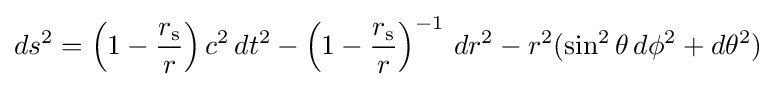
ds^{2}=\left(1-{\frac {r_{\text{s}}}{r}}\right)c^{2}\,dt^{2}-\left(1-{\frac {r_{\text{s}}}{r}}\right)^{-1}\,dr^{2}-r^{2}(\sin ^{2}\theta \,d\phi ^{2}+d\theta ^{2})